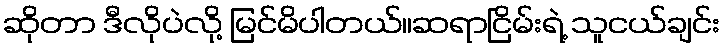
ဆိုတာ ဒီလိုပဲလို့ မြင်မိပါတယ်။ဆရာငြိမ်းရဲ့ သူငယ်ချင်း